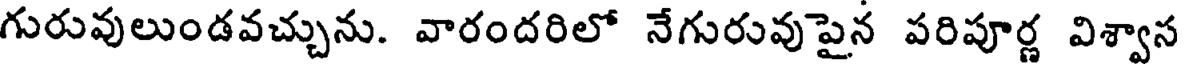
గురువులుండవచ్చును. వారందరిలో నేగురువుపైన పరిపూర్ణ విశ్వాస